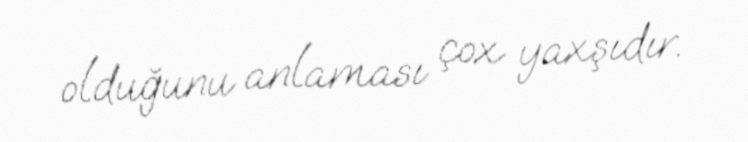
olduğunu anlaması çox yaxşıdır.